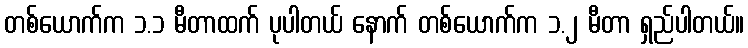
တစ်ယောက်က ၁.၁ မီတာထက် ပုပါတယ် နောက် တစ်ယောက်က ၁.၂ မီတာ ရှည်ပါတယ်။